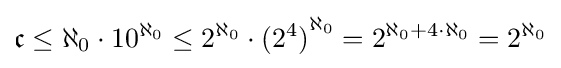
{\mathfrak {c}}\leq \aleph _{0}\cdot 10^{\aleph _{0}}\leq 2^{\aleph _{0}}\cdot {(2^{4})}^{\aleph _{0}}=2^{\aleph _{0}+4\cdot \aleph _{0}}=2^{\aleph _{0}}